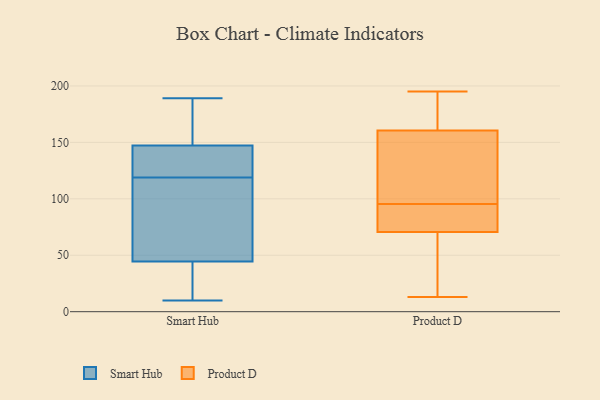
{"axis": {"x": "Shipments", "y": "Value"}, "legend": ["Product D", "Smart Hub"], "data": [{"x": "", "y": 174, "type": "Smart Hub"}, {"x": "", "y": 36, "type": "Smart Hub"}, {"x": "", "y": 70, "type": "Smart Hub"}, {"x": "", "y": 120, "type": "Smart Hub"}, {"x": "", "y": 189, "type": "Smart Hub"}, {"x": "", "y": 124, "type": "Smart Hub"}, {"x": "", "y": 119, "type": "Smart Hub"}, {"x": "", "y": 154, "type": "Smart Hub"}, {"x": "", "y": 10, "type": "Smart Hub"}, {"x": "", "y": 93, "type": "Smart Hub"}, {"x": "", "y": 73, "type": "Smart Hub"}, {"x": "", "y": 127, "type": "Smart Hub"}, {"x": "", "y": 19, "type": "Smart Hub"}, {"x": "", "y": 163, "type": "Smart Hub"}, {"x": "", "y": 10, "type": "Smart Hub"}, {"x": "", "y": 157, "type": "Product D"}, {"x": "", "y": 13, "type": "Product D"}, {"x": "", "y": 71, "type": "Product D"}, {"x": "", "y": 75, "type": "Product D"}, {"x": "", "y": 100, "type": "Product D"}, {"x": "", "y": 44, "type": "Product D"}, {"x": "", "y": 70, "type": "Product D"}, {"x": "", "y": 174, "type": "Product D"}, {"x": "", "y": 135, "type": "Product D"}, {"x": "", "y": 164, "type": "Product D"}, {"x": "", "y": 195, "type": "Product D"}, {"x": "", "y": 91, "type": "Product D"}, {"x": "", "y": 157, "type": "Product D"}, {"x": "", "y": 75, "type": "Product D"}, {"x": "", "y": 49, "type": "Product D"}, {"x": "", "y": 167, "type": "Product D"}]}